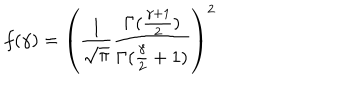
f ( \gamma ) = \left( \frac { 1 } { \sqrt { \pi } } \frac { \Gamma ( \frac { \gamma + 1 } { 2 } ) } { \Gamma ( \frac { \gamma } { 2 } + 1 ) } \right) ^ { 2 }